Vaccination report Assam 1874-1896 - 1874-1896
Year: 1874
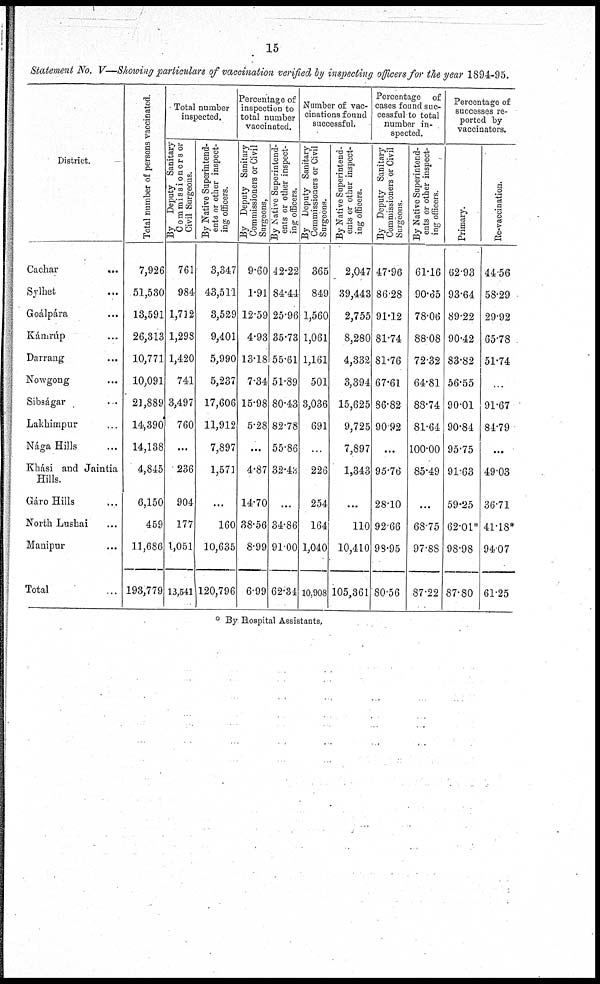
15
Statement No. V—Showing particulars of vaccination verified by inspecting officers for the year 1894-95.
District.
Cachar
...
Sylhet ...
Goálpára ...
Kárúp ...
Darrang ...
Nowgong ...
Sibságar
...
Lakhimpur ...
Nága Hills ...
Khási and Jaintia
Hills.
Gáro Hills ...
North Lushai ...
Manipur ...
Total ...
Total number of persons vaccinated.
7,926
51,530
13,591
26,313
10,771
10,091
21,889
14,390
14,138
4,845
6,150
459
11,686
193,779
Total number
inspected.
By Deputy Sanitary
Commissioners or
Civil Surgeons.
761
984
1,712
1,298
1,420
741
3,497
760
...
236
904
177
1,051
13,541
By Native Superintend-
ents or other inspect-
ing officers.
3,347
43,511
3,529
9,401
5,990
5,237
17,606
11,912
7,897
1,571
...
160
10,635
120,796
Percentage of
inspection to
total number
vaccinated.
By Deputy Sanitary
Commissioners or Civil
Surgeons.
9.60
1.91
12.59
4.93
13.18
7.34
15.98
5.28
...
4.87
14.70
38.56
8.99
6.99
By Native Superintend-
ents or other inspect-
ing officers.
42.22
84.44
25.96
35.73
55.61
51.89
80.43
82.78
55.86
32.43
...
34.86
91.00
62.34
Number of vac-
cinations found
successful.
By Deputy Sanitary
Commissioners or Civil
Surgeons.
365
849
1,560
1,061
1,161
501
3,036
691
...
226
254
164
1,040
10,908
By Native Superintend-
ents or other inspect-
ing officers.
2,047
39,443
2,755
8,280
4,332
3,394
15,625
9,725
7,897
1,343
...
110
10,410
105,361
Percentage of
cases found suc-
cessful to total
number in-
spected.
By Deputy Sanitary
Commissioners or Civil
Surgeons.
47.96
86.28
91.12
81.74
81.76
67.61
86.82
90.92
...
95.76
28.10
92.66
98.95
80.56
By Native Superintend-
ents or other inspect-
ing officers.
61.16
90.65
78.06
88.08
72.32
64.81
88.74
81.64
100.00
85.49
...
68.75
97.88
87.22
Percentage of
successes re-
ported by
vaccinators.
Primary.
62.93
93.64
89.22
90.42
83.82
56.55
90.01
90.84
95.75
91.63
59.25
62.01*
98.98
87.80
Re-vaccination.
44.56
58.29
29.92
65.78
51.74
...
91.67
84.79
...
49.03
36.71
41.18*
94.07
61.25
* By Hospital Assistants.